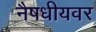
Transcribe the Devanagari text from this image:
नैषधीयवर